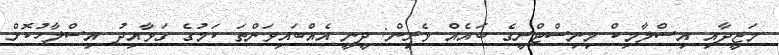
މަޖީދާއި އިސްލާމިކް މިނިސްޓްރީގެ ބައެއް ވެރިން: ދީނީ އެއްބައިވަންތަ ކަމުގެ ގަވާއިދު އިސްލާހުކޮށް